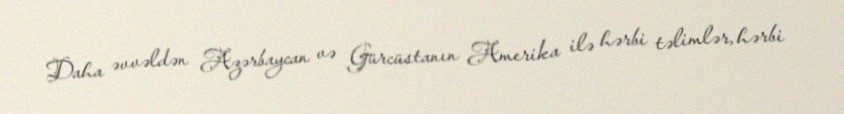
Daha əvvəldən Azərbaycan və Gürcüstanın Amerika ilə hərbi təlimlər, hərbi